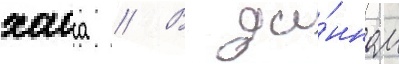
хаоса // В да́нном